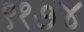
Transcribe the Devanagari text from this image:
९१७४